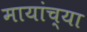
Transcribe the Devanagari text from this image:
मायांच्या